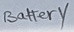
Text: Battery